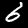
Digit: 6